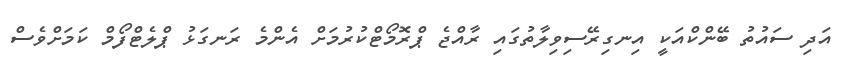
އަދި ސައުތު ބޭންކްއަކީ އިނގިރޭސިވިލާތުގައި ރާއްޖެ ޕްރޮމޯޓްކުރުމަށް އެންމެ ރަނގަޅު ޕްލެޓްފޯމް ކަމަށްވެސް